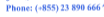
Phone: (+855)23 890 666